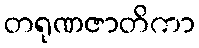
တရုဏဇာတိကာ